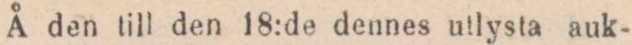
Å den till den 18:de dennes utlysta auk-